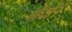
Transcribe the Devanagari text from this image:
गेंदों।